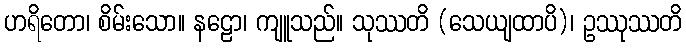
ဟရိတော၊ စိမ်းသော။ နဠော၊ ကျူသည်။ သုဿတိ (သေယျထာပိ)၊ ဥဿုဿတိ